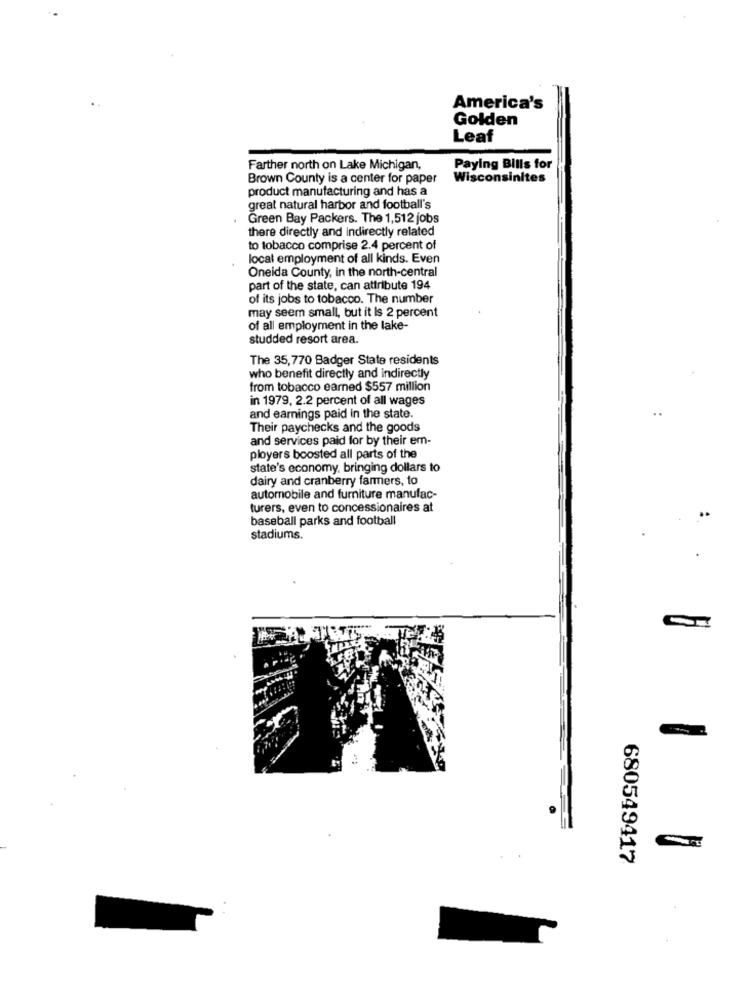
America's
Golden
Leaf
Farther north on Lake Michigan,
Paying Bills for
Brown County is a center for paper
Wisconsinites
product manufacturing and has a
great natural harbor and football's
Green Bay Packers. The 1,512 jobs
there directly and indirectly related
to tobacco comprise 2.4 percent of
local employment of all kinds. Even
Oneida County, in the north-central
part of the state, can attribute 194
of its jobs to tobacco. The number
may seem small, but it Is 2 percent
of all employment in the lake-
studded resort area.
The 35,770 Badger State residents
who benefit directly and indirectly
from tobacco earned $557 million
in 1979, 2.2 percent of all wages
and earnings paid in the state.
Their paychecks and the goods
and services paid for by their em-
ployers boosted all parts of the
state's economy, bringing dollars to
dairy and cranberry farmers, to
automobile and furniture manufac-
turers, even to concessionaires at
baseball parks and football
stadiums.
680549417